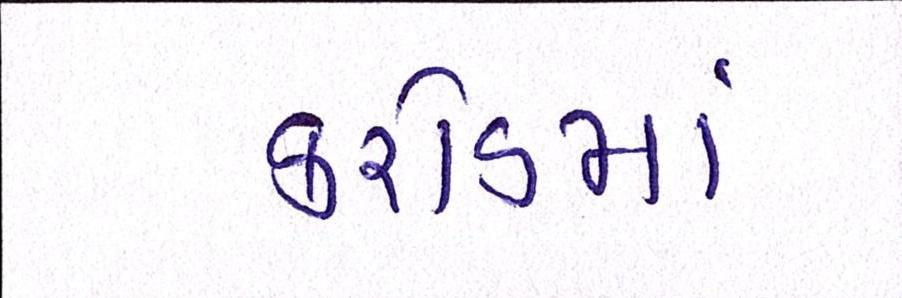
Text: કરોડમાં